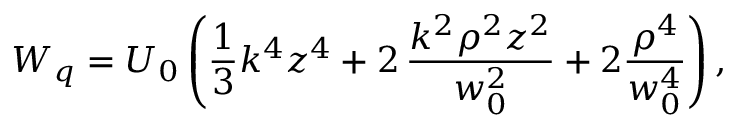
W _ { q } = U _ { 0 } \left( \frac { 1 } { 3 } k ^ { 4 } z ^ { 4 } + 2 \, \frac { k ^ { 2 } \rho ^ { 2 } z ^ { 2 } } { w _ { 0 } ^ { 2 } } + 2 \frac { \rho ^ { 4 } } { w _ { 0 } ^ { 4 } } \right) ,